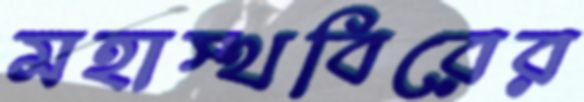
মহাস্থবিরের